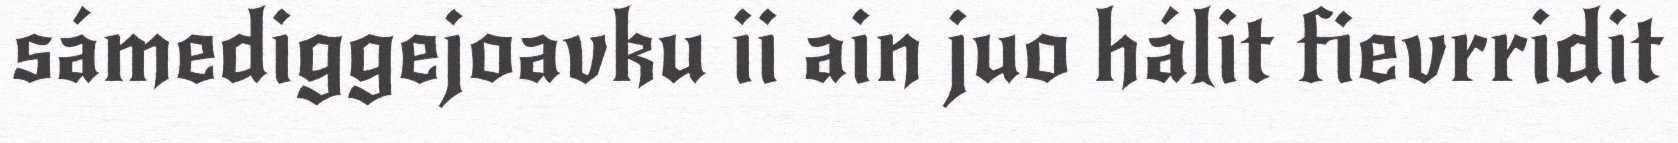
sámediggejoavku ii ain juo hálit fievrridit